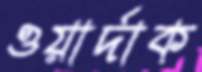
ওয়ার্দাক